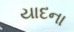
યાદના